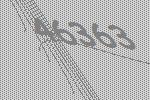
46363